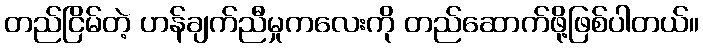
တည်ငြိမ်တဲ့ ဟန်ချက်ညီမှုကလေးကို တည်ဆောက်ဖို့ဖြစ်ပါတယ်။